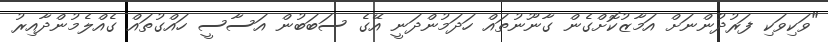
"ވަކިވަކި ފަރުދުންނަށް އަމާޒުކޮށްގެން ގާނޫނުތައް ހަދަމުންދަނީ އޭގެ ސަބަބުން އަސާސީ ހައްގުތައް ގެއްލެމުންދާއިރު